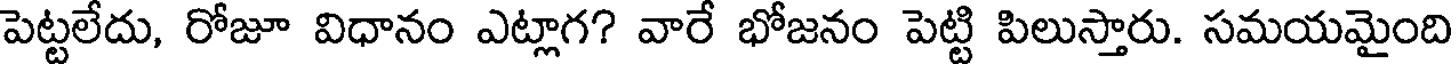
పెట్టలేదు, రోజూ విధానం ఎట్లాగ? వారే భోజనం పెట్టి పిలుస్తారు. సమయమైంది